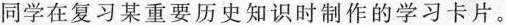
同学在复习某重要历史知识时制作的学习卡片。